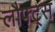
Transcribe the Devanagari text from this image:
लौफ्ट्स